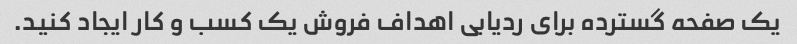
یک صفحه گسترده برای ردیابی اهداف فروش یک کسب و کار ایجاد کنید.